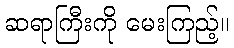
ဆရာကြီးကို မေးကြည့်။